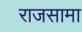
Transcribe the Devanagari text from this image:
राजसामा